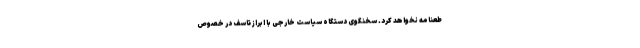
طعنامه نخواهد کرد. سخنگوی دستگاه سیاست خارجی با ابراز تاسف در خصوص